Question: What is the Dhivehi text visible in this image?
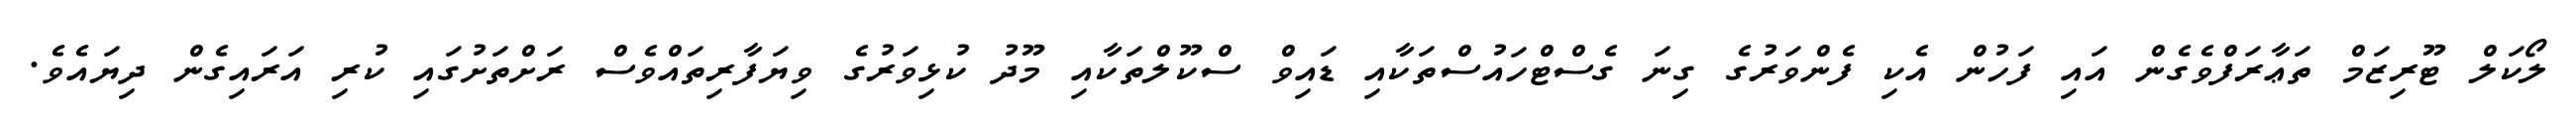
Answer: ލޯކަލް ޓޫރިޒަމް ތަޢާރަފްވެގެން އައި ފަހުން އެކި ފެންވަރުގެ ގިނަ ގެސްޓްހައުސްތަކާއި ޑައިވް ސްކޫލްތަކާއި މޫދު ކުޅިވަރުގެ ވިޔަފާރިތައްވެސް ރަށްތަށުގައި ކުރި އަރައިގެން ދިޔައެވެ.